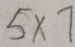
5 \times 7